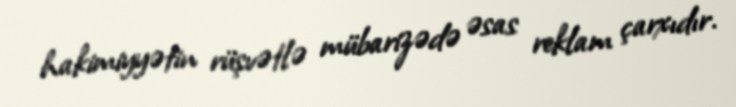
hakimiyyətin rüşvətlə mübarizədə əsas reklam çarxıdır.